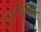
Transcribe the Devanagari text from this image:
गुरुर्विहितः